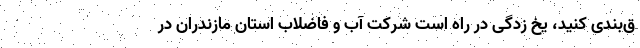
ق‌بندی کنید، یخ زدگی در راه است شرکت آب و فاضلاب استان مازندران در